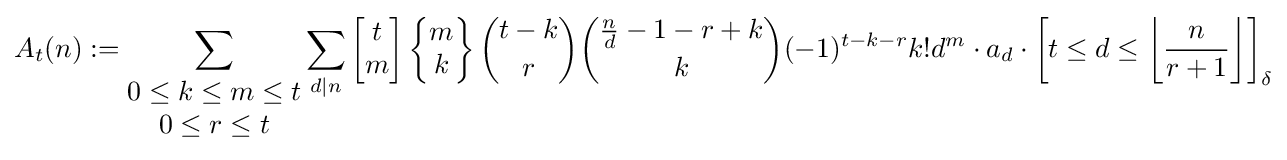
A_{t}(n):=\sum _{\begin{matrix}0\leq k\leq m\leq t\\0\leq r\leq t\end{matrix}}\sum _{d|n}\left[{\begin{matrix}t\\m\end{matrix}}\right]\left\{{\begin{matrix}m\\k\end{matrix}}\right\}{\binom {t-k}{r}}{\binom {{\frac {n}{d}}-1-r+k}{k}}(-1)^{t-k-r}k!d^{m}\cdot a_{d}\cdot \left[t\leq d\leq \left\lfloor {\frac {n}{r+1}}\right\rfloor \right]_{\delta }